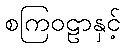
စကြဝဠာနှင့်